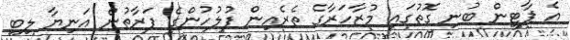
އެ ޕާޓީން ބުނި ގޮތުގައި މުޒާހަރާގެ ތެރެއިން ފުލުހުންގެ ފަރާތުން އަނިޔާ ލިބި